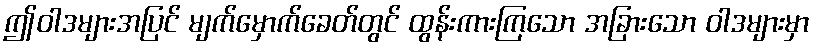
ဤဝါဒများအပြင် မျက်မှောက်ခေတ်တွင် ထွန်းကားကြသော အခြားသော ဝါဒများမှာ